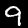
Digit: 9